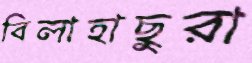
বিলাহাছুরা